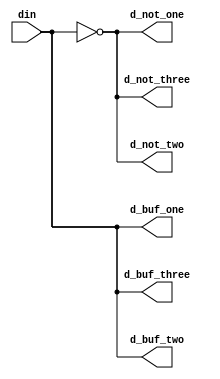
//*******************************FILE HEAD**************************************
//*********************Verilog HDL *********************
// FUNCTION        : 
// AUTHOR          : 
// DATE & REVISION : 
// COMPANY         : Verilog HDL 
// UPDATE          :
//******************************************************************************

module multi_output_gate(
    input din,
    
    output d_not_one,
    output d_not_two,
    output d_not_three,
    output d_buf_one,
    output d_buf_two,
    output d_buf_three
    );
    
    //
    not U1_and(d_not_one, d_not_two,d_not_three, din);

    //    
    buf U2_buf(d_buf_one, d_buf_two, d_buf_three, din);
endmodule
// END OF multi_output_gate.v FILE *********************************************